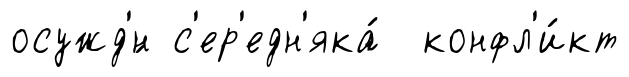
осужд'́н с'ер'едн'яка́ конфл'и́кт